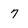
Character: 7